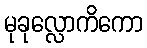
မုခုလ္လောကိကော